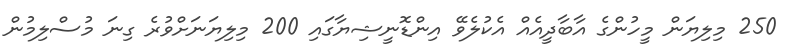
250 މިލިޔަން މީހުންގެ އާބާދީއެއް އެކުލެވޭ އިންޑޮނީޝިޔާގައި 200 މިލިޔަނަށްވުރެ ގިނަ މުސްލިމުން